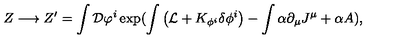
Z \longrightarrow Z ^ { \prime } = \int { \cal D } \varphi ^ { i } \exp ( \int \big ( { \cal L } + K _ { \phi ^ { i } } \delta \phi ^ { i } \big ) - \int \alpha \partial _ { \mu } J ^ { \mu } + \alpha { \sl A } ) ,